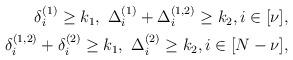
LaTeX: \begin{align*}\begin{aligned}\delta_i^{(1)}\ge k_1, \,\, \Delta_i^{(1)}+\Delta_i^{(1,2)}\ge k_2,i\in [\nu], \\ \delta_i^{(1,2)}+\delta_i^{(2)}\ge k_1,\,\, \Delta_i^{(2)}\ge k_2,i\in [N-\nu], \end{aligned} \end{align*}